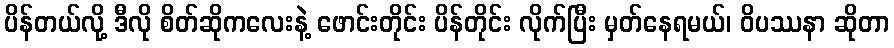
ပိန်တယ်လို့ ဒီလို စိတ်ဆိုကလေးနဲ့ ဖောင်းတိုင်း ပိန်တိုင်း လိုက်ပြီး မှတ်နေရမယ်၊ ဝိပဿနာ ဆိုတာ